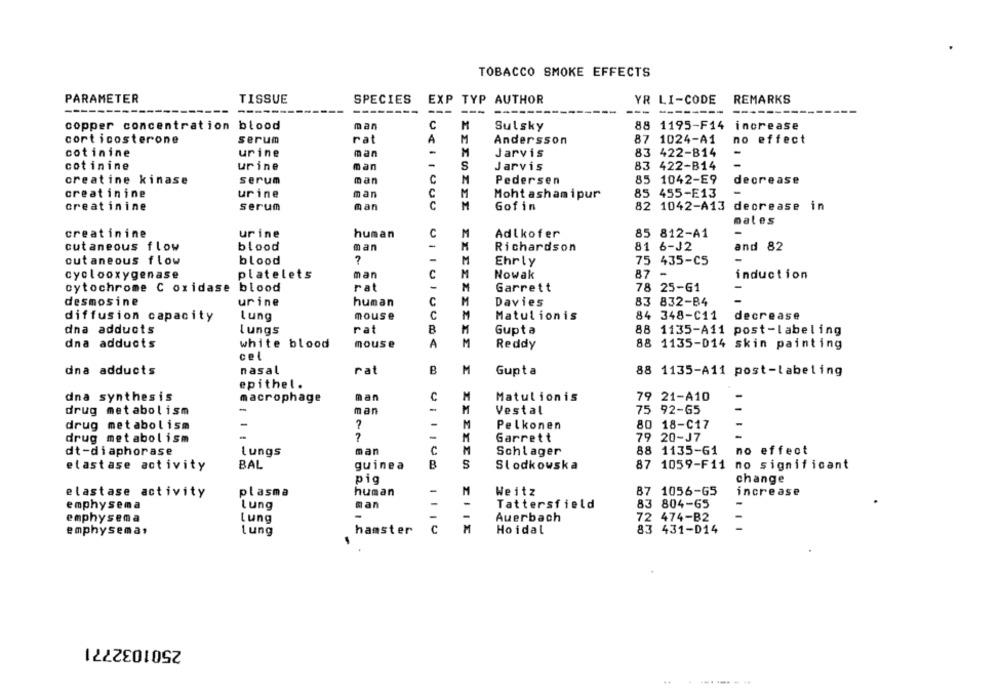
TOBACCO SMOKE EFFECTS
PARAMETER
TISSUE
SPECIES
EXP TYP AUTHOR
YR LI-CODE
REMARKS
---
-------
---
---
---
copper concentration blood
man
C
M
Sulsky
88
1195-F14
increase
corticosterone
serum
rat
A
M
Andersson
87 1024-A1
no effect
cotinine
urine
man
-
M
Jarvis
83 422-814
cotinine
urine
man
-
S
Jarvis
83 422-B14
creatine kinase
serum
man
C
M
Pedersen
85 1042-E9
decrease
creatinine
urine
man
C
M
Moht ashamipur
85 455-E13
-
creatinine
serum
man
C
M
Gofin
82 1042-A13 decrease in
males
creatinine
urine
human
Adlkofer
85 812-A1
cutaneous flow
blood
man
Richardson
81 6-J2
and 82
cutaneous flow
blood
Ehrly
75 435-C5
-
cyclooxygenase
platelets
man
Nowak
87 -
induction
cytochrome C oxidase blood
rat
Garrett
78 25-61
desmosine
urine
human
Davies
83 832-B4
-
diffusion capacity
Lung
mouse
C
Matulionis
84 348-C11
decrease
dna adducts
lungs
rat
B
Gupta
88 1135-A11 post-labeling
dna adducts
white blood
mouse
A
Reddy
88 1135-014 skin painting
cel
nasal
rat
M
dna adducts
Gupta
88 1135-A11 post-labeling
epithel.
dna synthesis
man
C
M
Matulionis
79 21-A10
macrophage
drug metabolism
-
man
M
Vestal
75 92-65
drug metabolism
-
M
Pelkonen
80 18-C17
-
drug metabolism
7
Garrett
79 20-J7
-
dt-diaphorase
Lungs
man
C
Schlager
88 1135-61
no effect
elastase activity
BAL
guinea
B
5
Słodkowska
87 1059-F11
no significant
pig
change
elastase activity
plasma
human
M
Weitz
87 1056-65
increase
emphysema
Lung
man
Tattersfield
83 804-65
Auerbach
72 474-B2
emphysema
Lung
emphysema,
Lung
hamster
1110
M
ZIIE
Ho idal
83 431-014
2501032771